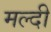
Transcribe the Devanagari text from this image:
मल्दी